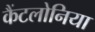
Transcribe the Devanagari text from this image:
कैंटलोनिया